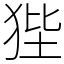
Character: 狴